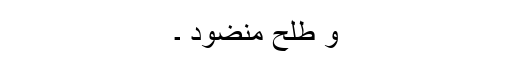
وَ طَلْحٍ مَّنضُودٍ ۔